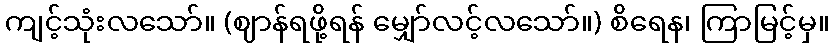
ကျင့်သုံးလသော်။ (ဈာန်ရဖို့ရန် မျှော်လင့်လသော်။) စိရေန၊ ကြာမြင့်မှ။